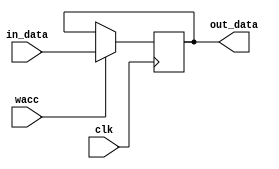
module acc (
    input clk,
    input wacc,
    input [7:0] in_data,
    output [7:0] out_data
);

reg [7:0] acc;
assign out_data = acc;

always @(negedge clk) begin
    if (wacc)
        acc = in_data;
end

endmodule